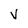
Character: V